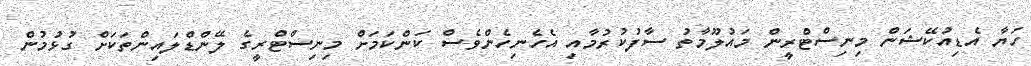
ހަޔާ އެޑިއުކޭޝަން މިނިސްޓްރީން މައުލޫމާތު ސާފުކުރުމާއި އެހެނިހެންވެސް ކަންކަމަށް މިނިސްޓްރީގެ ލޭންޑްލައިންތަކަށް ގުޅުމުން